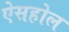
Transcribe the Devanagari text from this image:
ऐसहोल